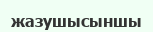
жазушысыншы